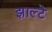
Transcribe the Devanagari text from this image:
झाल्टे